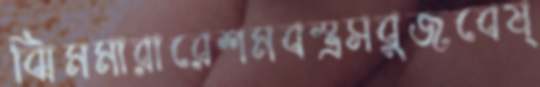
ঝিমমারারেশমবস্ত্রসবুজবেষ্